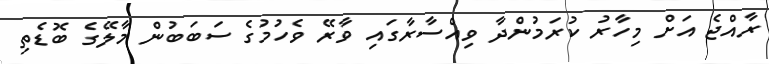
ރާއްޖެ އަށް މިހާރު ކުރަމުންދާ ވިއްސާރާގައި ވާރޭ ވެހުމުގެ ސަބަބުން މާލޭގެ ބޮޑެތި